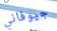
جيوفاني